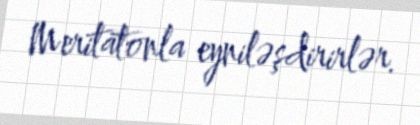
Meritatonla eyniləşdirirlər.